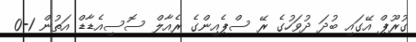
ގުރޫޕް އޭގައި ބުދަ ދުވަހުގެ ރޭ ސްޕެއިންގެ ރެއާލް ސޮސިއެޑާޑް އަތުން 1-0